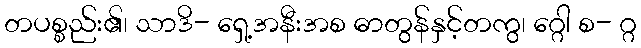
တပစ္စည်း၏၊ သာဒိ- ရှေ့အနီးအစ ဓာတွန်နှင့်တကွ၊ ဂ္ဂေါ စ- ဂ္ဂ